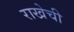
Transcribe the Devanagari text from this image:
राखेची